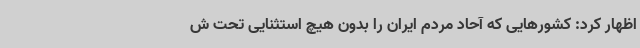
اظهار کرد: کشورهایی که آحاد مردم ایران را بدون هیچ استثنایی تحت ش